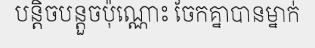
បន្តិចបន្តួចប៉ុណ្ណោះ ចែកគ្នាបានម្នាក់